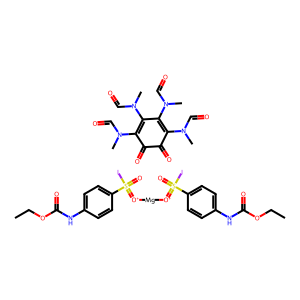
SMILES: CCOC(=O)Nc1ccc(S(=O)(I)=[O+][Mg][O+]=S(=O)(I)c2ccc(NC(=O)OCC)cc2)cc1.CN(C=O)C1=C(N(C)C=O)C(N(C)C=O)=C(N(C)C=O)C(=O)C1=O
Inhibits HIV replication: No